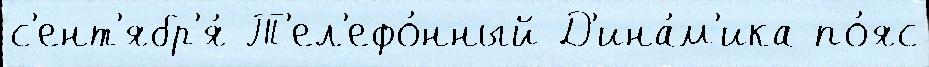
с'ент'ябр'я́ Т'ел'ефо́нный Д'ина́м'ика по́яс